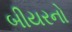
બીયરનો